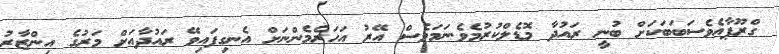
ގްރޫޕާއެވެސަބަބަކަށް ބުނީ ރައުދާ މޮޑެލްކުރުމެވެ.ނަމަވެސް އޭރު އަހަރެމެންނަށް އެނގިފައިވޭ ރައުދާއަށް މަރުގެ އިންޒާރު